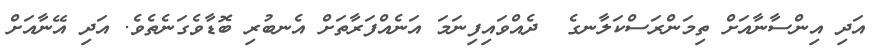
އަދި އިންސާނާއަށް ތިމަންރަސްކަލާނގެ  ދެއްވައިފިނަމަ އަނެއްފަރާތަށް އެނބުރި ބޮޑާވެގަނެތެވެ. އަދި އޭނާއަށް